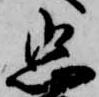
忠